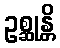
ဥစ္ဆုန္တိ